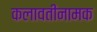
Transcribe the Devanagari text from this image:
कलावतीनामक